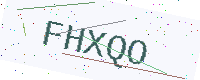
Text: FHXQO